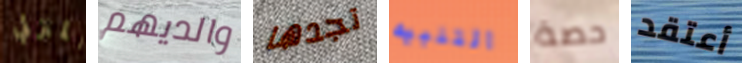
المنزلي والديهم تجدها التنبيه حصة أعتقد